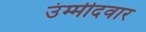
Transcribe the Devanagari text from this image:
उंम्मीदवार